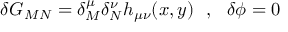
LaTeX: \delta G _ { M N } = \delta _ { M } ^ { \mu } \delta _ { N } ^ { \nu } h _ { \mu \nu } ( x , y ) \, \, \, \, , \, \, \, \, \delta \phi = 0